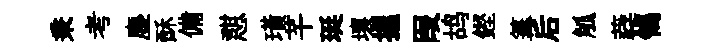
秉考塵酥備憇璜芊珽壤握叚鸪鏗篝后觚蕤鴒